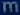
m